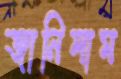
জানিলাম